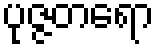
ပုဇ္ဇတရော